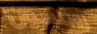
روبنسون